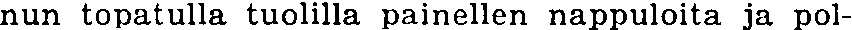
nun topatulla tuolilla painellen nappuloita ja pol-